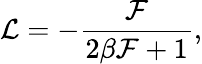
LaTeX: {\cal L}=-\frac{{\cal F}}{2\beta{\cal F}+1},